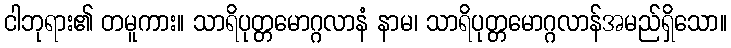
ငါဘုရား၏ တမူကား။ သာရိပုတ္တမောဂ္ဂလာနံ နာမ၊ သာရိပုတ္တမောဂ္ဂလာန်အမည်ရှိသော။